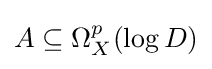
A\subseteq \Omega _{X}^{p}(\log D)